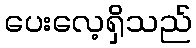
ပေးလေ့ရှိသည်